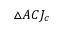
\triangle A C J _ { c }